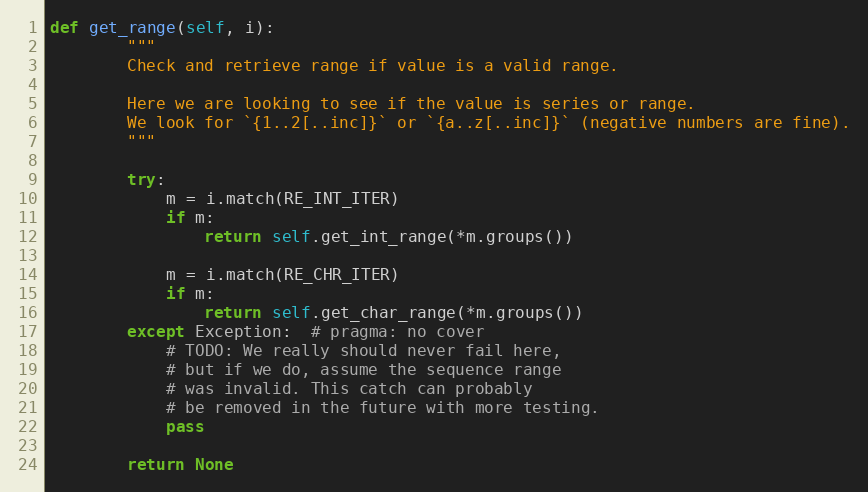
Language: Python
def get_range(self, i):
        """
        Check and retrieve range if value is a valid range.

        Here we are looking to see if the value is series or range.
        We look for `{1..2[..inc]}` or `{a..z[..inc]}` (negative numbers are fine).
        """

        try:
            m = i.match(RE_INT_ITER)
            if m:
                return self.get_int_range(*m.groups())

            m = i.match(RE_CHR_ITER)
            if m:
                return self.get_char_range(*m.groups())
        except Exception:  # pragma: no cover
            # TODO: We really should never fail here,
            # but if we do, assume the sequence range
            # was invalid. This catch can probably
            # be removed in the future with more testing.
            pass

        return None